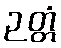
ဉတ္တံ